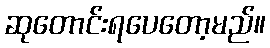
ဆုတောင်းရပေတော့မည်။